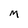
Character: M